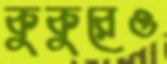
কুকুরেও